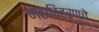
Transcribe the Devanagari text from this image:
महावितरणचे